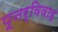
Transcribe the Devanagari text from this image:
पूनर्विवाह